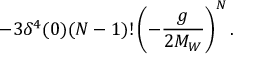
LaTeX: - 3 \delta ^ { 4 } ( 0 ) ( N - 1 ) ! \left( - \frac { g } { 2 M _ { W } } \right) ^ { N } .